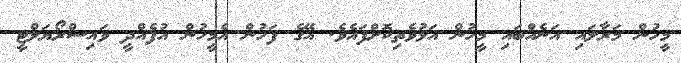
މީހުން މަރާލައި އަނެއްބައި މީހުން އަޅުވެތިކޮށްފައެވެ. އޭގެ ފަހުން އެމީހުން އުފެއްދީ ވައިސްރޯޔަލްޓީ